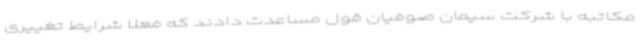
مکاتبه با شرکت سیمان صوفیان قول مساعدت دادند که فعلا شرایط تغییری